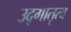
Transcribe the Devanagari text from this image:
उद्गातृत्व